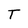
Character: T